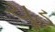
ચૂડ